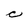
Character: C